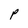
Character: P